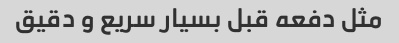
مثل دفعه قبل بسیار سریع و دقیق